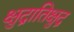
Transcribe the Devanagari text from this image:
क्षुद्रातिक्षुद्र